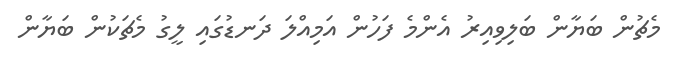
މެޗުން ބަޔާން ބަލިވިއިރު އެންމެ ފަހުން އަމިއްލަ ދަނޑުގައި ލީގު މެޗަކުން ބަޔާން